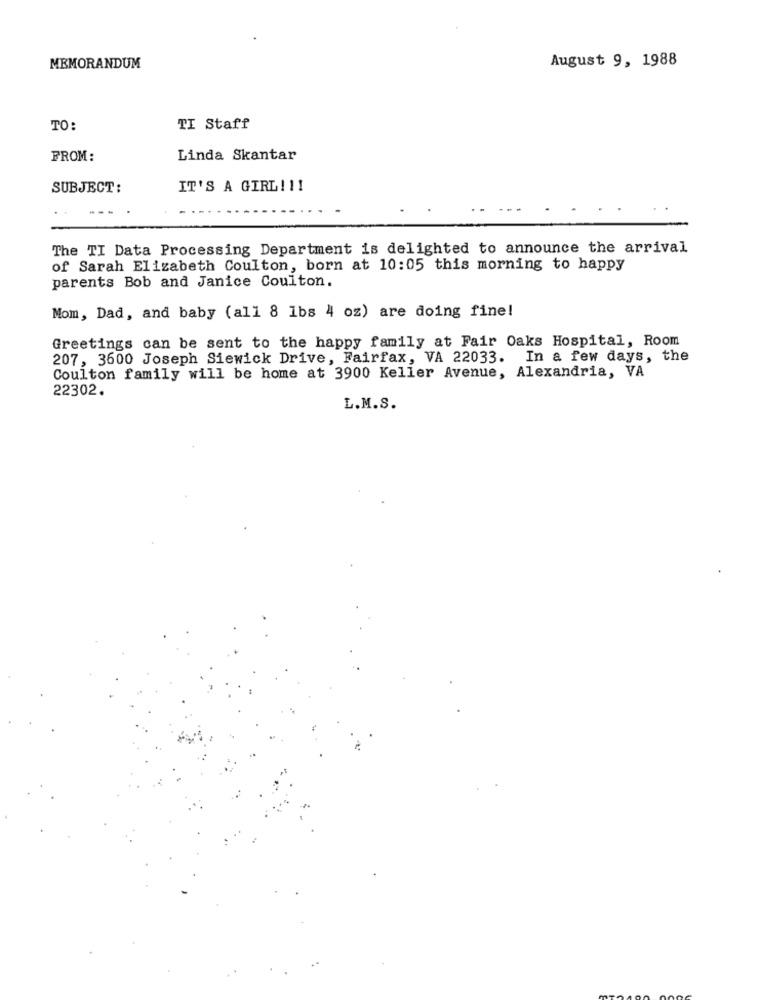
August 9, 1988
MEMORANDUM
TO:
TI Staff
FROM:
Linda Skantar
SUBJECT:
IT'S A GIRL !!!
---
The TI Data Processing Department is delighted to announce the arrival
of Sarah Elizabeth Coulton, born at 10:05 this morning to happy
parents Bob and Janice Coulton.
Mom, Dad, and baby (all 8 1bs 4 oz) are doing fine!
Greetings can be sent to the happy family at Fair Oaks Hospital, Room
207, 3600 Joseph Siewick Drive, Fairfax, VA 22033. In a few days, the
Coulton family will be home at 3900 Keller Avenue, Alexandria, VA
22302.
L.M.S.